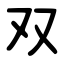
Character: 双